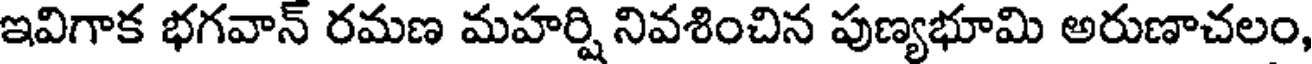
ఇవిగాక భగవాన్ రమణ మహర్షి నివశించిన పుణ్యభూమి అరుణాచలం,